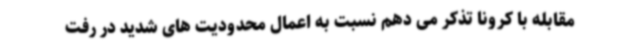
مقابله با کرونا تذکر می دهم نسبت به اعمال محدودیت های شدید در رفت